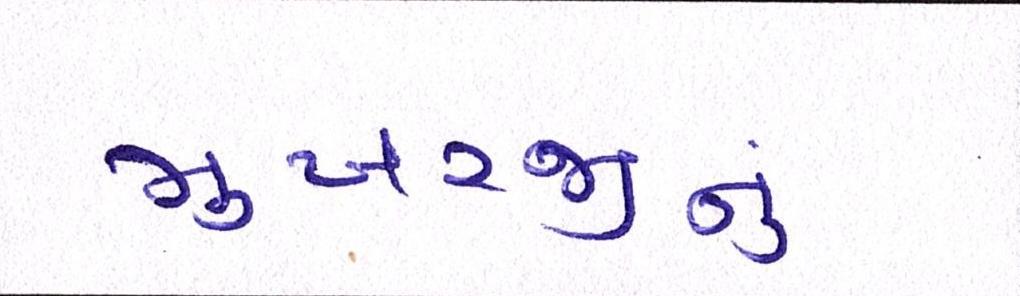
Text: મુખરજીનું